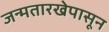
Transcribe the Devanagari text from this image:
जन्मतारखेपासून